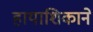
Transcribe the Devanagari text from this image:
हायाशिकाने